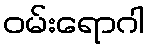
ဝမ်းရောဂါ